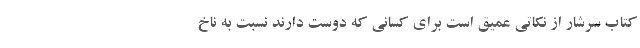
کتاب سرشار از نکاتی عمیق است برای کسانی که دوست دارند نسبت به ناخ